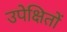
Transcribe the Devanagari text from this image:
उपेक्षितों